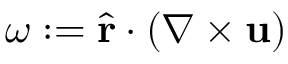
\omega : = \hat { \mathbf { r } } \cdot ( \nabla \times \mathbf { u } )